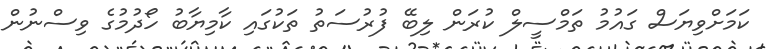
ކަމަށްވިޔަސް ގައުމު ތަމްސީލް ކުރަން ލިބޭ ފުރުސަތު ތަކުގައި ކާމިޔާބު ހޯދުމުގެ ވިސްނުން